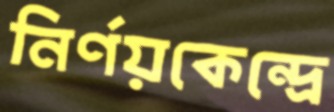
নির্ণয়কেন্দ্রে